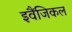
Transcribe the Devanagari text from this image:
इवैंजिकल